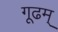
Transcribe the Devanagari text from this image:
गूढम्